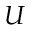
U